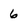
Character: 6